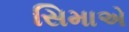
સિમાએ